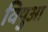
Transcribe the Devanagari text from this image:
विषुआ